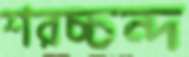
শরচ্চন্দ